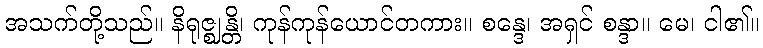
အသက်တို့သည်။ နိရုဇ္ဈန္တိ၊ ကုန်ကုန်ယောင်တကား။ စန္ဒေ၊ အရှင် စန္ဒာ။ မေ၊ ငါ၏။